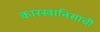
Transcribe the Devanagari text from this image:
कारखानिसांची